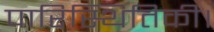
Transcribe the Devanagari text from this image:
पारिस्थितिकी।